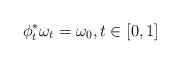
LaTeX: \begin{align*}\phi_t^* \omega_t = \omega_0, t\in [0,1]\end{align*}